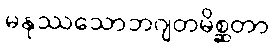
မနုဿသောဘဂျတမိစ္ဆတာ